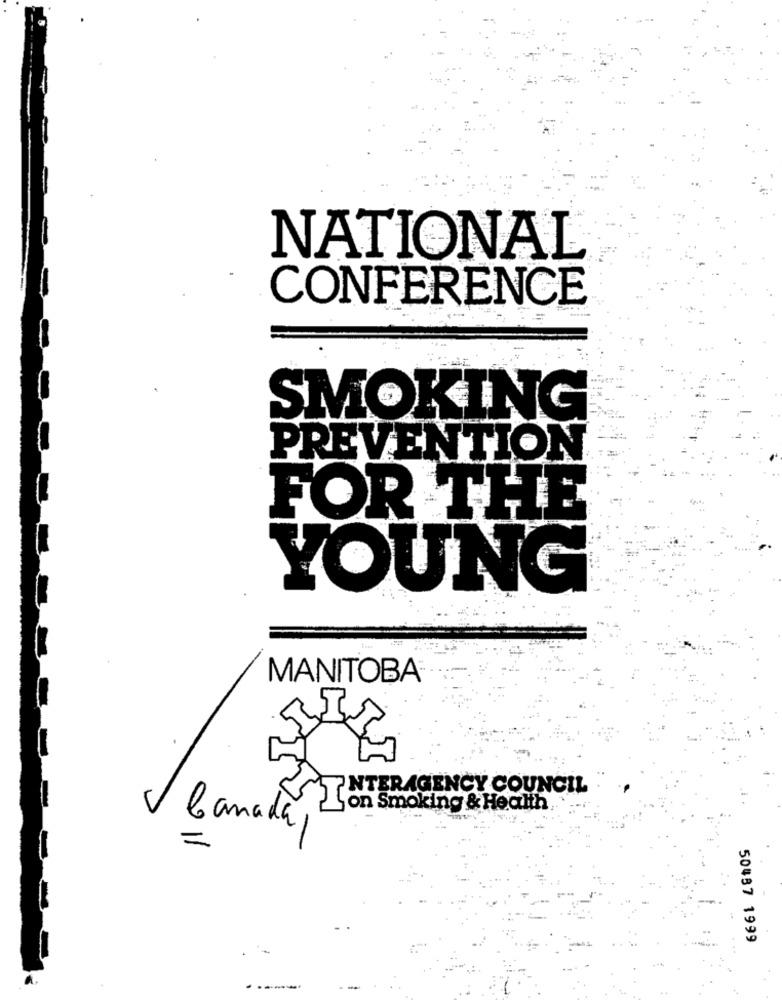
NATIONAL
CONFERENCE
SMOKING
PREVENTION
FOR THE
YOUNG
MANITOBA®
INTERAGENCY COUNCIL
on Smoking & Health
Canada
=
50487 1999
----